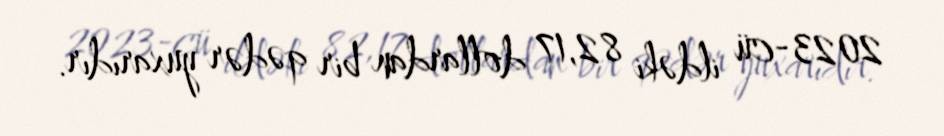
2023-cü ildəki 82,17 dollardan bir qədər yuxarıdır.